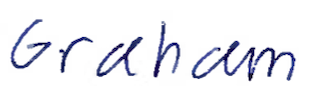
Text: Graham
Cross-out: clean
Writing tool: ballpoint